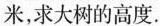
米，求大树的高度.